Source: Handwritten
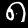
Digit: ၈ (8)